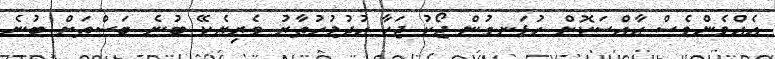
އެއްމެންވެސް ޙާއްސަކޮށް ހުޅަނގުން ޖޯކު ޖަހާ ޙުދުމުހުތާރު ވެރިިޔެކޭ ބުނެ ބަސްތަށް ބުނެ